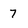
Character: 7